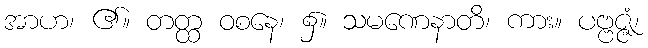
အာဟ၊ ၏။ တတ္ထ ဝစနေ၊ ၌။ သမဏေနာတိ၊ ကား။ ပဗ္ဗဇ္ဇံ၊